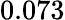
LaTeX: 0.073